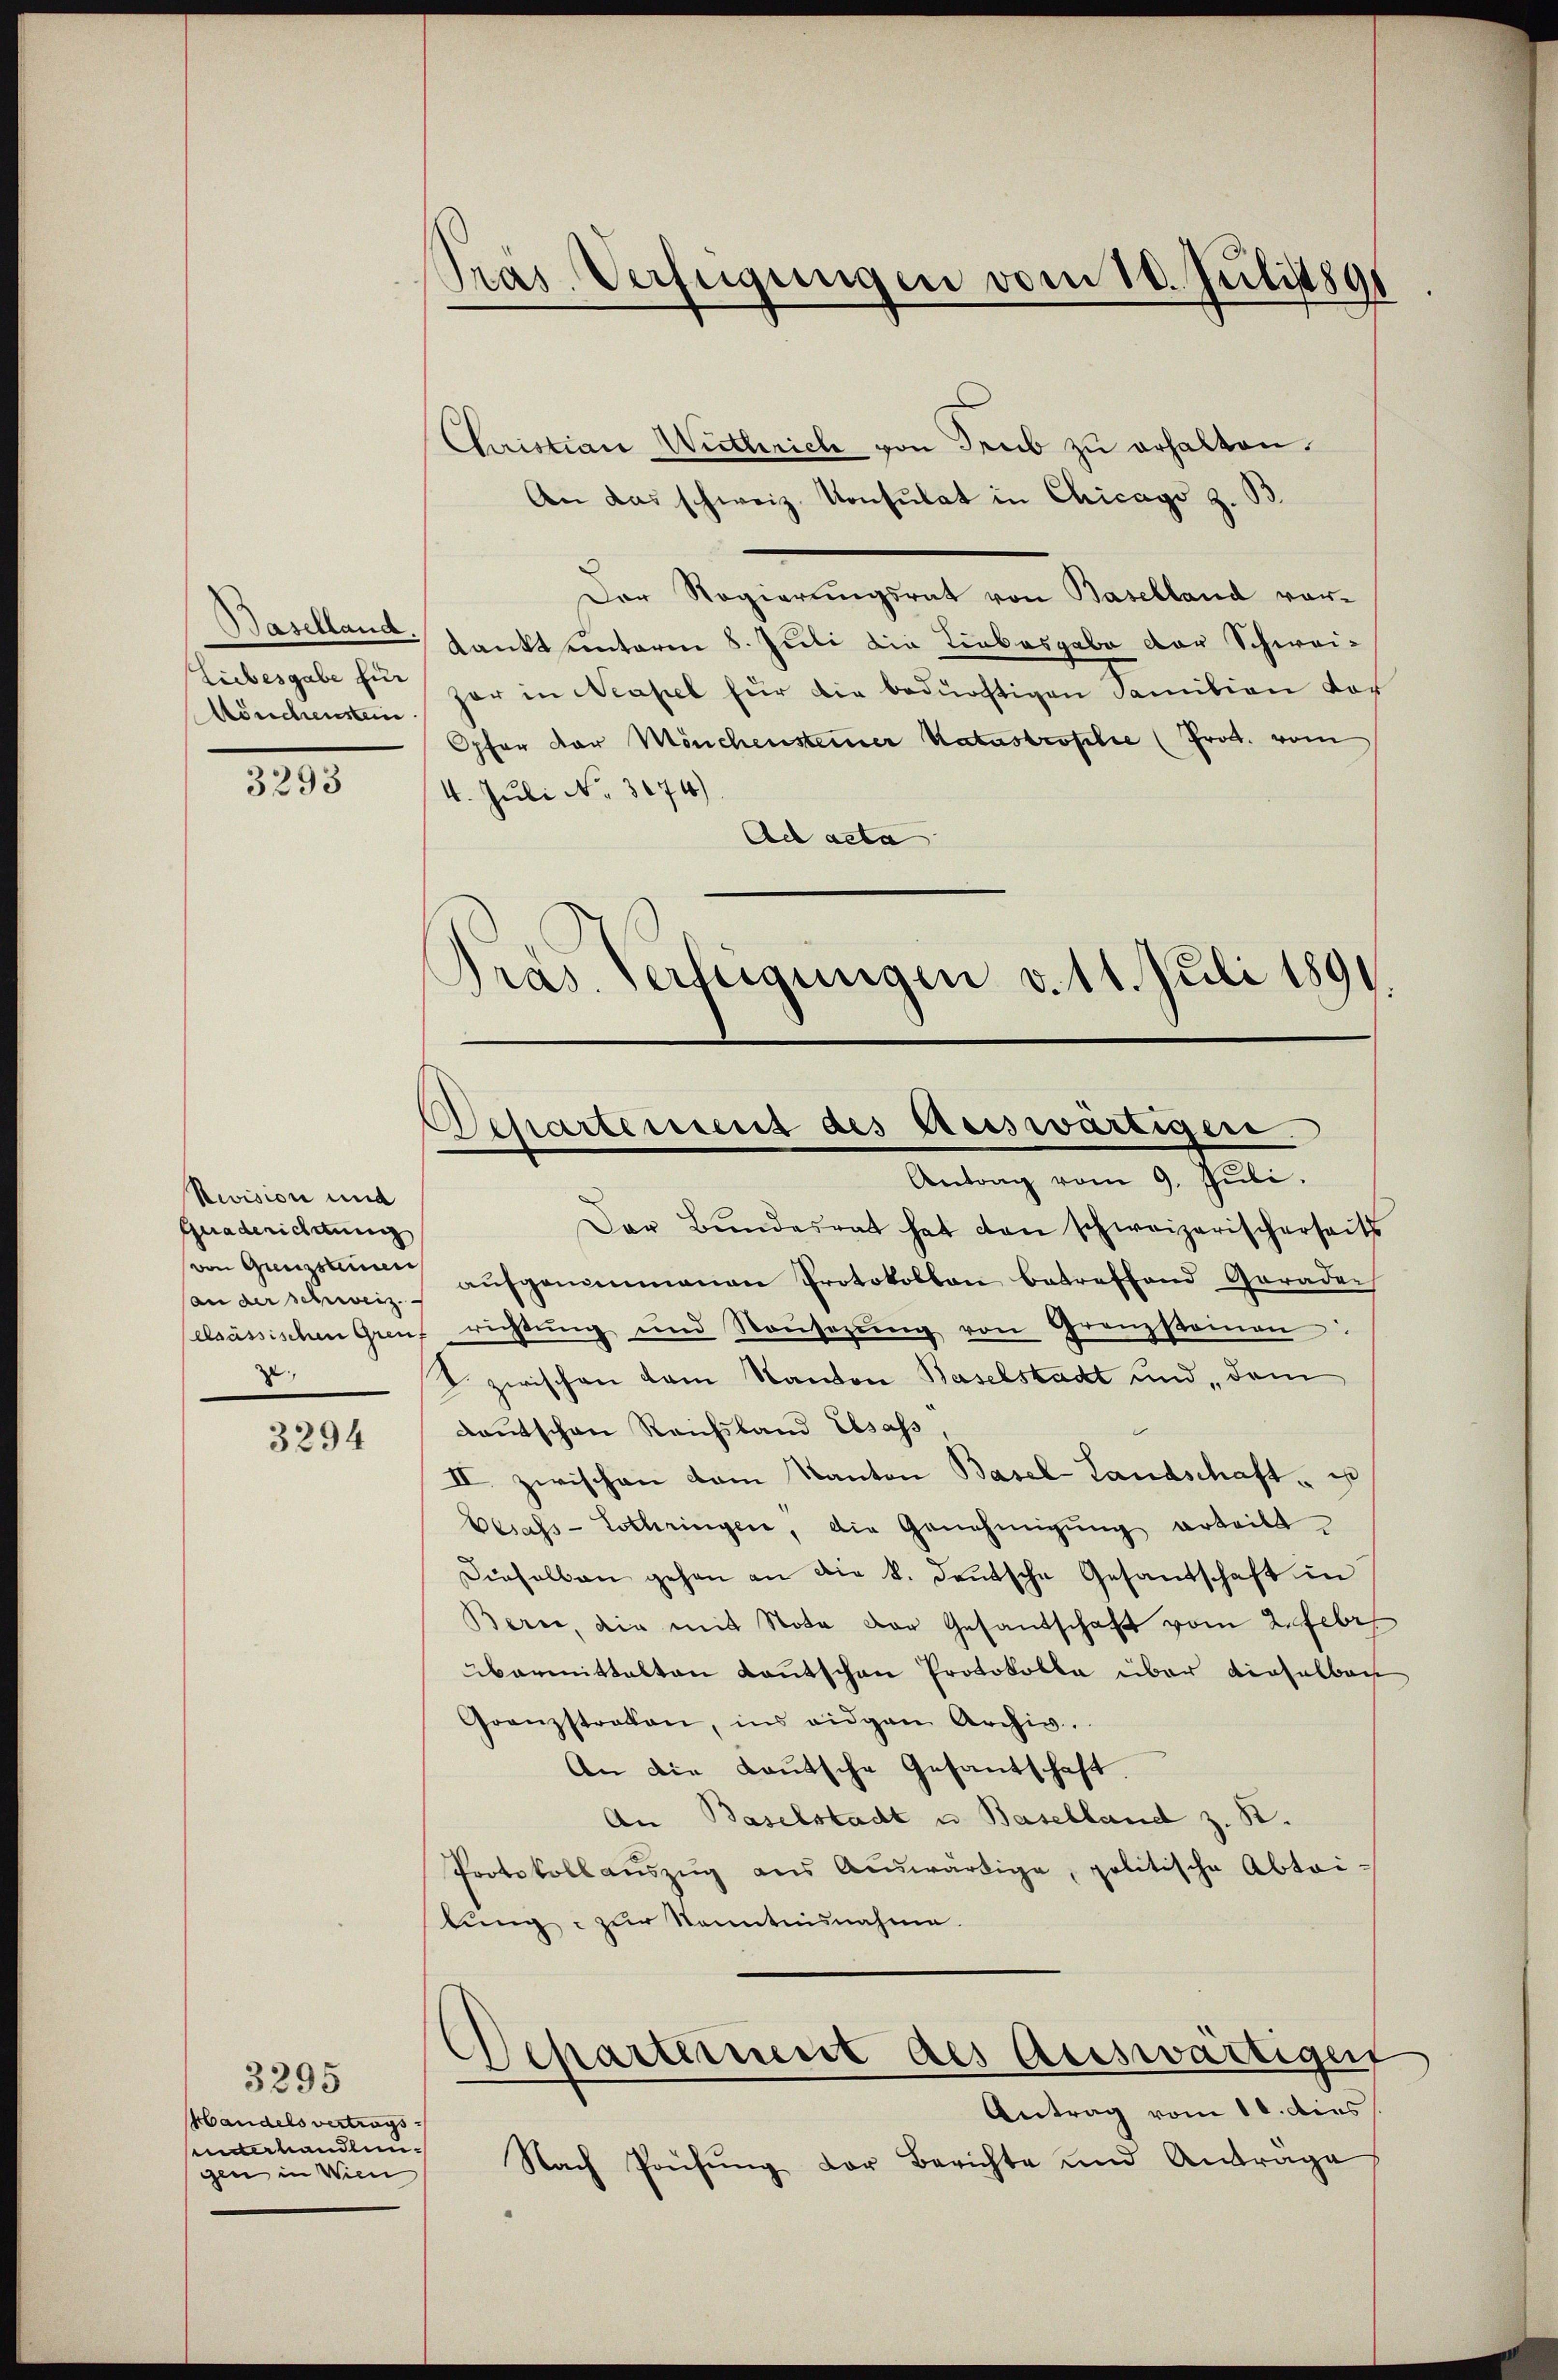
Baselland.
Mönchenstein

3293

Revision und
Guaderichtung
von Grüssteue
an der schweiz.
elsässischen Greuf
.

3294

3295
Handels vertrags¬
Unterhandlungen in Wien

Pras Verfügungen vom 10. Juli 1891

Christian Wirthrich von Trub zu erhalten.
An das schweiz. Konsulat in Chicago z. B.
Der Regierungsrat von Baselland vor¬
Kankt unterm 8. Juli die Liebesgabe der Schwei¬
Liebesgabe si par in Neapel für die bedürftigen Sanition vor
Opfer der Mönchensteiner Katastrophie (Prott. vom
4. Juli No 3474).
Ad acta
Pras. Verfügungen v. 11. Juli 1891.

Departement des Kreiswärtigen
Antrag vom 9. Juli.

Der Bŭndesrat hat dan schweizerischerseits
aŭfgenommenen Protokollan betreffend Geraden
richtŭng und Nousezŭng von Granzkoṁen.
J. zwischen dem Kanton Baselstadt und dem
Kautschen Reichsband Elsass
II zwischen dem Kanton Basel-Landschaft u
Besass-Lothringen, die Genehmigŭng erteilt,
Dieselben gehen an die k. deutsche Gesandschaft in
Bern, die mit Nota der Gesandschaft vom 2. Febr
übermittalten Kantschen Protokolle über dieselber
Granzstraten, ins eidgen Archiv.
An die Lautsche Gesandschaft.
An Baselstadt u. Baselland z. R.
Protokollaŭszŭg aŭs Aŭswärtige, politische Abtei-
lung zur Kenntnisnahme.
Separtement des Auswärtiger
Antrag vom 10. dies
Nach Prüfŭng der Berichte und Anträge